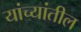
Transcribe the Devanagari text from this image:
यांच्यांतील